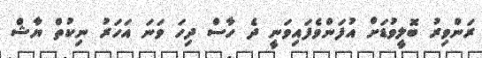
ރަންވިރު ބޮލީވުޑަށް އުފަންވެފައިވަނީ ދެ ހާސް ދިހަ ވަނަ އަހަރު ނިކުތް ޔާޝް